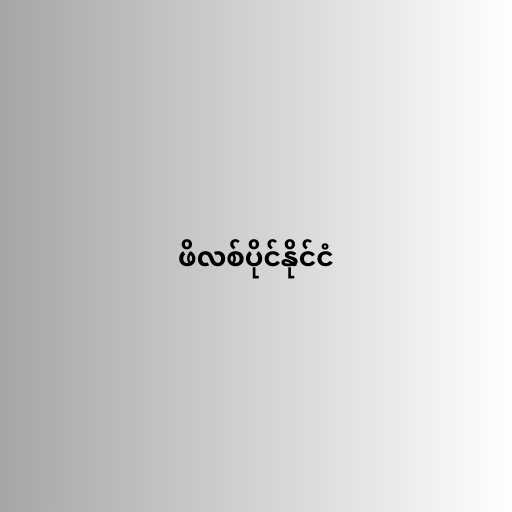
ဖိလစ်ပိုင်နိုင်ငံ